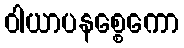
ဝါယာပနစ္စေကော